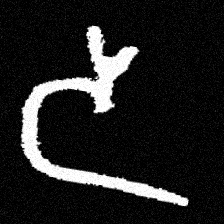
Pyu character \u2014 Myanmar letter: ဒ (romanized: da)